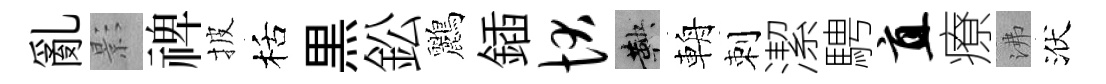
亂影禆披栝黒鈆鸝鍤状鞅輈刺潔騁直療沸洑